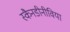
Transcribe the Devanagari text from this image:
स्कैनडीनीविया